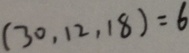
( 3 0 , 1 2 , 1 8 ) = 6